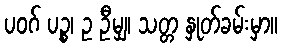
ပဝဂ် ပဉ္စ၊ ဥ ဦမျှ၊ သတ္တ နှုတ်ခမ်းမှာ။